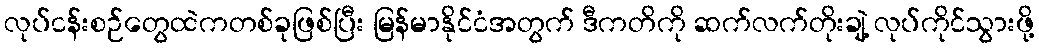
လုပ်ငန်းစဉ်တွေထဲကတစ်ခုဖြစ်ပြီး မြန်မာနိုင်ငံအတွက် ဒီကတိကို ဆက်လက်တိုးချဲ့ လုပ်ကိုင်သွားဖို့